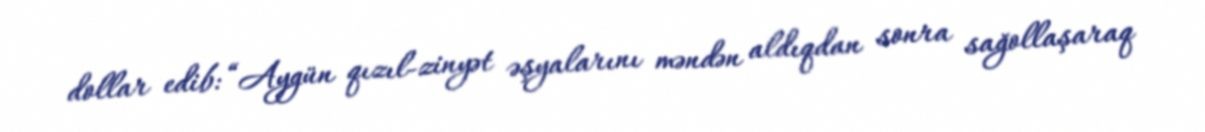
dollar edib: “Aygün qızıl-zinyət əşyalarını məndən aldıqdan sonra sağollaşaraq